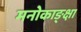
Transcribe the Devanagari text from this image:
मनोकाङ्क्षा